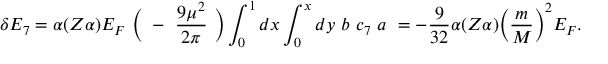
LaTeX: \delta E _ { 7 } = \alpha ( Z \alpha ) E _ { F } ~ \Bigl ( ~ - ~ \frac { 9 \mu ^ { 2 } } { 2 \pi } ~ \Bigr ) \int _ { 0 } ^ { 1 } { d x } \int _ { 0 } ^ { x } { d y } ~ b ~ c _ { 7 } ~ a ~ = - \frac { 9 } { 3 2 } \alpha ( Z \alpha ) \biggl ( \frac { m } { M } \biggr ) ^ { 2 } E _ { F } .